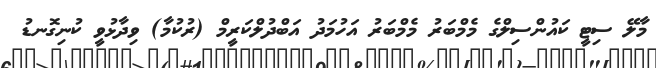
މާލޭ ސިޓީ ކައުންސިލްގެ މެމްބަރު މެމްބަރު އަހުމަދު އަބްދުލްކަރީމް (ރުކުމާ) ވިދާޅުވީ ކުނިގޮނޑު